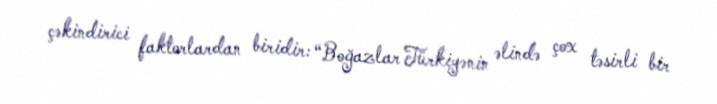
çəkindirici faktorlardan biridir: “Boğazlar Türkiyənin əlində çox təsirli bir